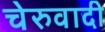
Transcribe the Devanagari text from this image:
चेरुवादी